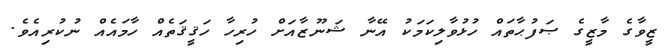
ޒީވާގެ މާޒީގެ ޞަފުޙާތައް ހުޅުވާލިކަމަކު އޭނާ ޝަނޫޒާއަށް ހުރިހާ ހަޤީޤަތެއް ހާމައެއް ނުކުރިއެވެ.